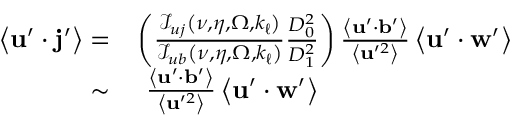
\begin{array} { r l } { \left\langle \mathbf { u } ^ { \prime } \cdot \mathbf { j } ^ { \prime } \right\rangle = } & { \left( \frac { \mathcal { I } _ { u j } \left( \nu , \eta , \Omega , k _ { \ell } \right) } { \mathcal { I } _ { u b } \left( \nu , \eta , \Omega , k _ { \ell } \right) } \frac { D _ { 0 } ^ { 2 } } { D _ { 1 } ^ { 2 } } \right) \frac { \left\langle \mathbf { u } ^ { \prime } \cdot \mathbf { b } ^ { \prime } \right\rangle } { \left\langle \mathbf { u } ^ { \prime 2 } \right\rangle } \left\langle \mathbf { u } ^ { \prime } \cdot \mathbf { w } ^ { \prime } \right\rangle } \\ { \sim } & { \, \, \frac { \left\langle \mathbf { u } ^ { \prime } \cdot \mathbf { b } ^ { \prime } \right\rangle } { \left\langle \mathbf { u } ^ { \prime 2 } \right\rangle } \left\langle \mathbf { u } ^ { \prime } \cdot \mathbf { w } ^ { \prime } \right\rangle } \end{array}